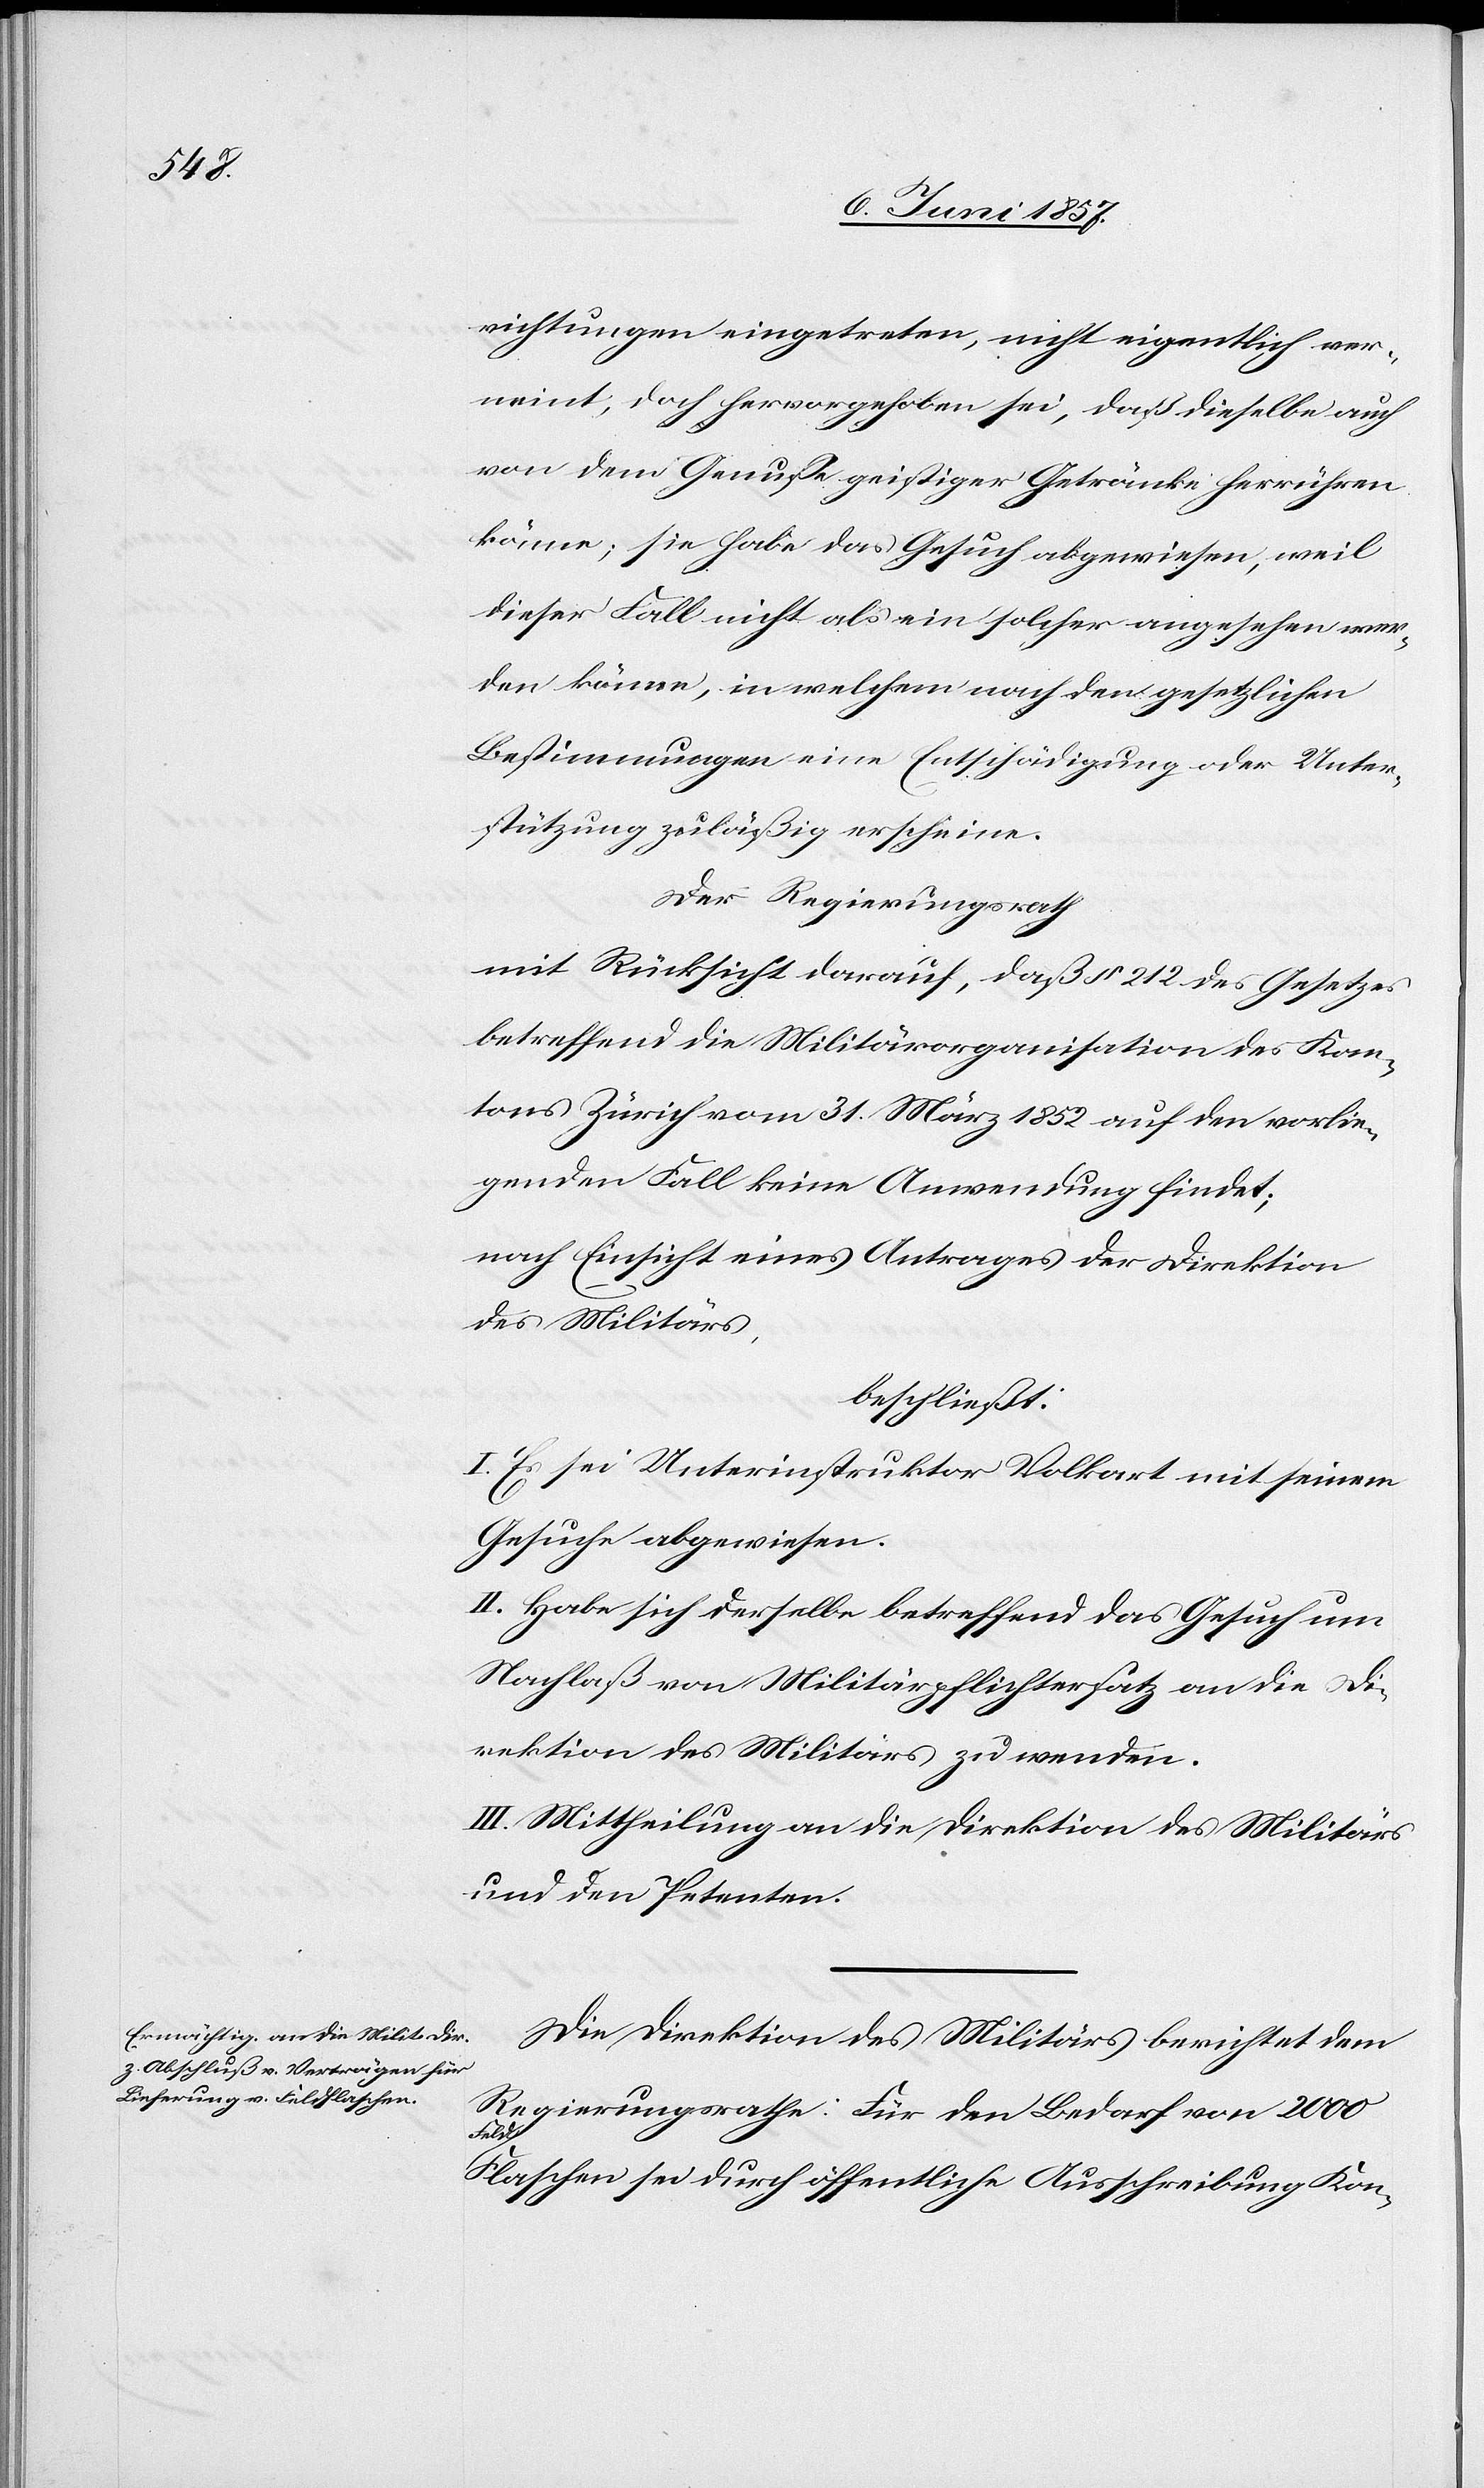
richtungen eingetreten, nicht eigentlich ver¬
neint, doch hervorgehoben sei, daß dieselbe auch
von dem Genuße geistiger Getränke herrühren
könne; sie habe das Gesuch abgewiesen, weil
dieser Fall nicht als ein solcher angesehen wer¬
den könne, in welchem nach den gesetzlichen
Bestimmungen eine Entschädigung oder Unter¬
stützung zuläßig erscheine.
Der Regierungsrath
mit Rücksicht darauf, daß § 212 des Gesetzes
betreffend die Militärorganisation des Kan¬
tons Zürich vom 31 März 1852 auf den vorlie¬
genden Fall keine Anwendung findet;
nach Einsicht eines Antrages der Direktion
des Militärs,
beschließt:
I. Es sei Unterinstruktor Volkart mit seinem
Gesuche abgewiesen.
II. Habe sich derselbe betreffend das Gesuch um
Nachlaß von Militärpflichtersatz an die Di¬
rektion des Militärs zu wenden.
III. Mittheilung an die Direktion des Militärs
und den Petenten.
Die Direktion des Militärs berichtet dem
Regierungsrathe: Für den Bedarf von 2 000
Flaschen sei durch öffentliche Ausschreibung Kon-